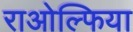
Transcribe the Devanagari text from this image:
राओल्फिया